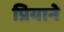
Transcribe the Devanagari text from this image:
प्रियाने